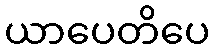
ယာပေတိပေ